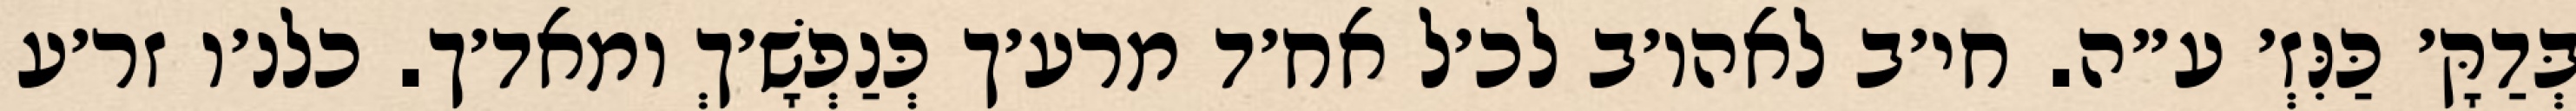
בְּדַקָּ׳ כַּנִּזְ׳ ע״ה. חי׳ב לאהו׳ב לכ׳ל אח׳ד מרע׳ך כְּנַפְשָׁ׳ךְ ומאד׳ך. כלנ׳ו זר׳ע